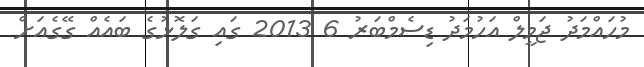
މުހައްމަދު ޖަމީލް އަހުމަދު ޑިސެމްބަރު 6 2013 ގައި ގަލޮޅުގެ ބައެއް ގޭގެއަށް